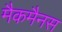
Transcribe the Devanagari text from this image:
मैकमैनस